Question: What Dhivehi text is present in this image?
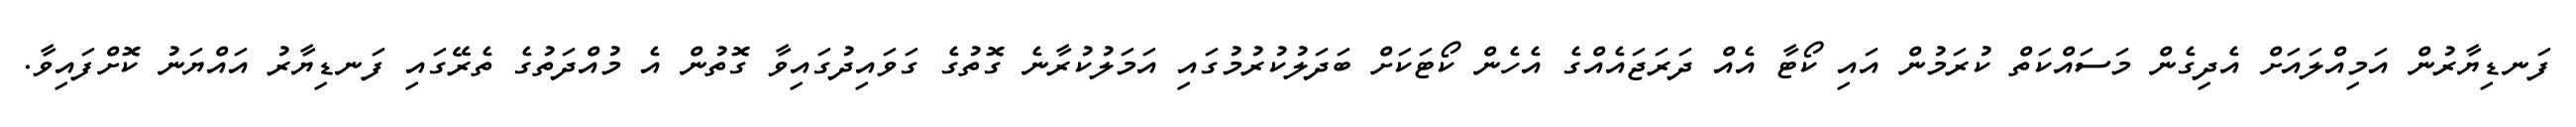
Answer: ފަނޑިޔާރުން އަމިއްލައަށް އެދިގެން މަސައްކަތް ކުރަމުން އައި ކޯޓާ އެއް ދަރަޖައެއްގެ އެހެން ކޯޓަކަށް ބަދަލުކުރުމުގައި އަމަލުކުރާނެ ގޮތުގެ ގަވައިދުގައިވާ ގޮތުން އެ މުއްދަތުގެ ތެރޭގައި ފަނޑިޔާރު އައްޔަނު ކޮށްފައިވާ.